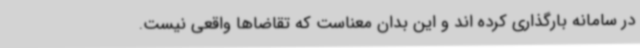
در سامانه بارگذاری کرده اند و این بدان معناست که تقاضاها واقعی نیست.